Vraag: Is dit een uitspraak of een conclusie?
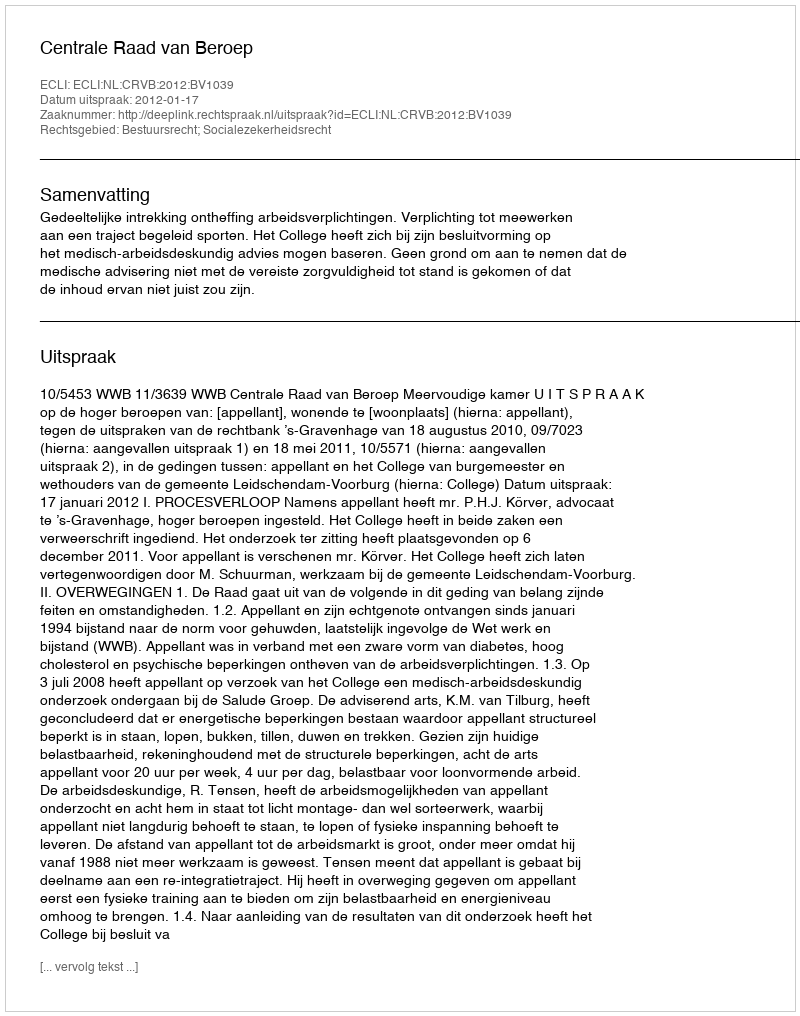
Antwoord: Uitspraak